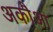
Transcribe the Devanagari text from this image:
अकौआ